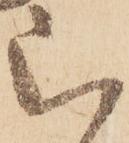
被